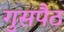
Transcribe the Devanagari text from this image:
गुसपैठ